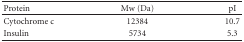
<table><thead><tr><td><b> Protein</b></td><td><b>Mw (Da)</b></td><td><b>pI</b></td></tr></thead><tbody><tr><td>Cytochrome c</td><td>12384</td><td>10.7</td></tr><tr><td>Insulin</td><td>5734</td><td>5.3</td></tr></tbody></table>